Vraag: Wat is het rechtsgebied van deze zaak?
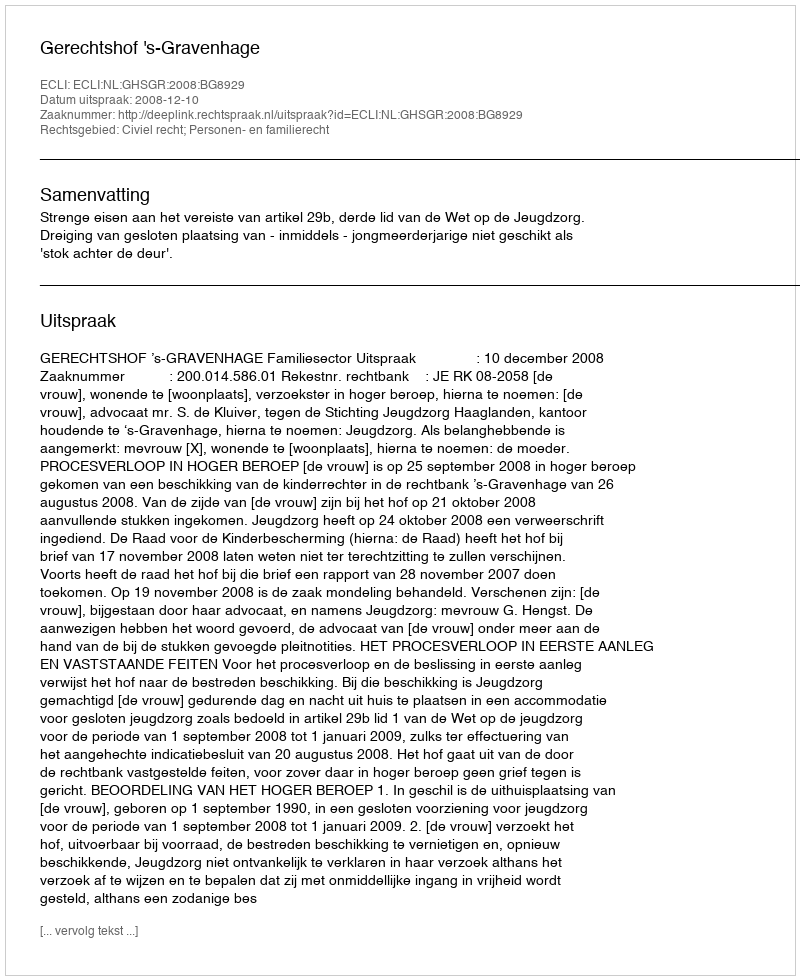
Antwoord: Civiel recht; Personen- en familierecht